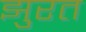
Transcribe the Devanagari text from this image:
झुरत